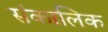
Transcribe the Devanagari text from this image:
संकालिक